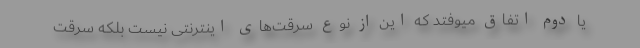
یا دوم اتفاق میوفتد که این از نوع سرقت‌های اینترنتی نیست بلکه سرقت